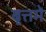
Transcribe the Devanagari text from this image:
बृत्तमे